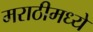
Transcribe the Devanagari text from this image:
मराठीमध्‍ये